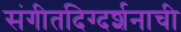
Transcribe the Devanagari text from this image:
संगीतदिग्दर्शनाची